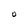
Character: O